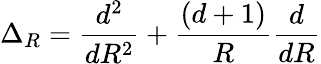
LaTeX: \Delta_{R}=\frac{d^{2}}{dR^{2}}+\frac{(d+1)}{R}\frac{d}{dR}